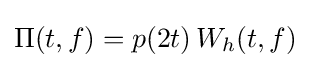
\Pi (t,f)=p(2t)\,W_{h}(t,f)